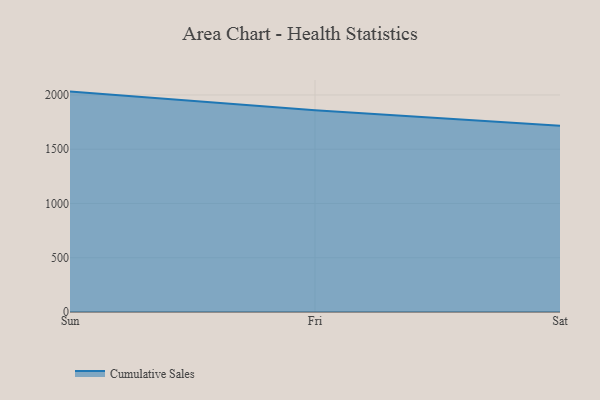
{"axis": {"x": "Day", "y": "Humidity (%)"}, "legend": ["Cumulative Sales"], "data": [{"x": "Sun", "y": 2031.0, "type": "Cumulative Sales"}, {"x": "Fri", "y": 1858.2, "type": "Cumulative Sales"}, {"x": "Sat", "y": 1715.5, "type": "Cumulative Sales"}]}